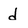
Character: d